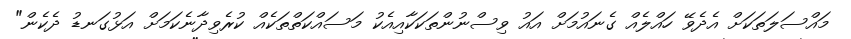
މައްސަލަތަކަށް އެދެވޭ ހައްލެއް ގެނައުމަށް އައު ވިސްނުންތަކަކާއިއެކު މަސައްކަތްތަކެއް ކުރެވިދާނެކަމަށް އަޅުގަނޑު ދެކެން"